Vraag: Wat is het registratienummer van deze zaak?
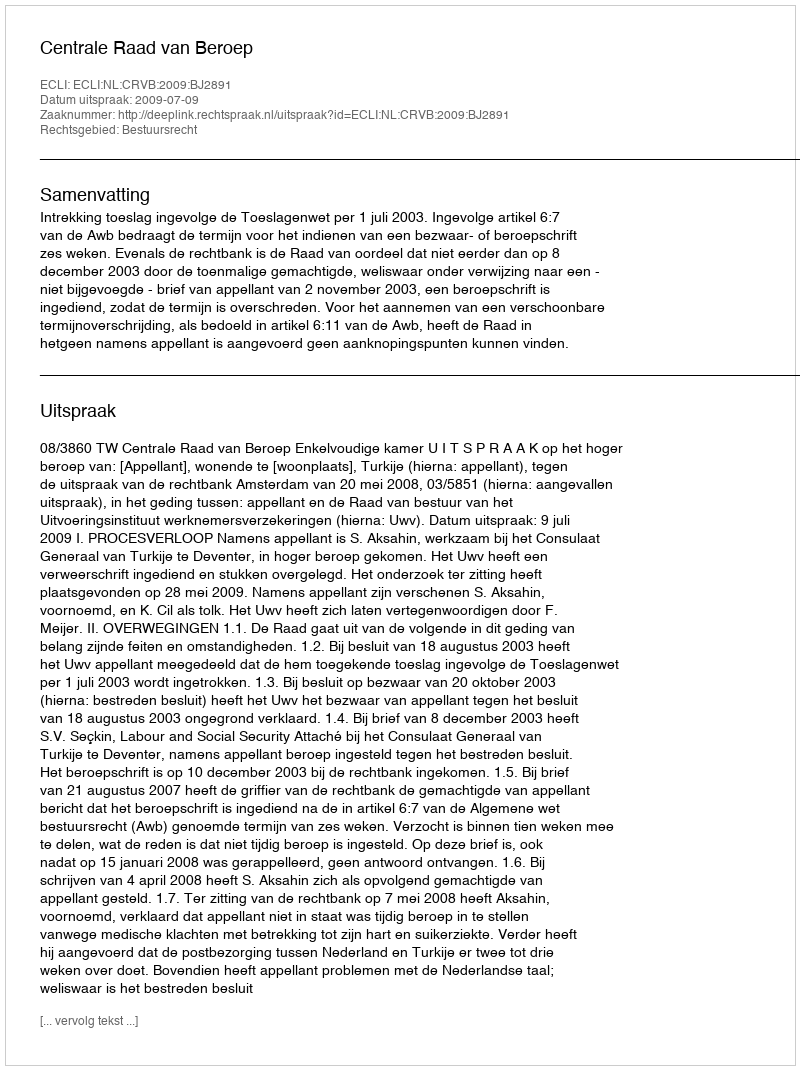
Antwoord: http://deeplink.rechtspraak.nl/uitspraak?id=ECLI:NL:CRVB:2009:BJ2891